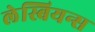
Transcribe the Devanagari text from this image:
लेस्बियन्स